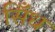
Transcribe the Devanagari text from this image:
सिँध